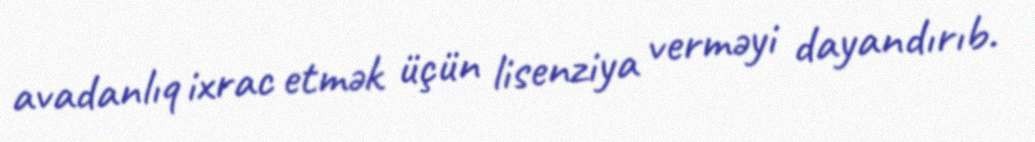
avadanlıq ixrac etmək üçün lisenziya verməyi dayandırıb.